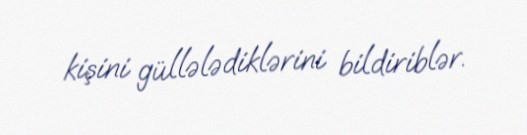
kişini güllələdiklərini bildiriblər.